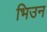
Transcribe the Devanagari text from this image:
भिउन